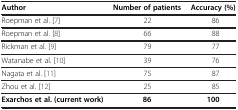
<table><thead><tr><td><b>Author</b></td><td><b>Number of patients</b></td><td><b>Accuracy (%)</b></td></tr></thead><tbody><tr><td>Roepman et al. [7]</td><td>22</td><td>86</td></tr><tr><td>Roepman et al. [8]</td><td>66</td><td>88</td></tr><tr><td>Rickman et al. [9]</td><td>79</td><td>77</td></tr><tr><td>Watanabe et al. [10]</td><td>39</td><td>76</td></tr><tr><td>Nagata et al. [11]</td><td>75</td><td>87</td></tr><tr><td>Zhou et al. [12]</td><td>25</td><td>85</td></tr><tr><td><b>Exarchos et al. (current work)</b></td><td><b>86</b></td><td><b>100</b></td></tr></tbody></table>